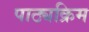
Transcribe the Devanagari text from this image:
पाठ्यक्रिम